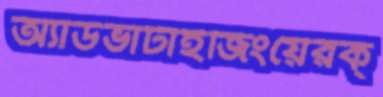
অ্যাডভার্টাইজিংয়েরক্